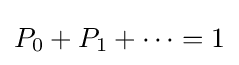
P_{0}+P_{1}+\cdots =1